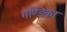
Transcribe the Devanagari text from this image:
गण्डिका